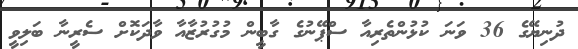
ދުނިޔޭގެ 36 ވަނަ ކުޅުންތެރިއާ ސްޕޭނުގެ ގާބީން މުގުރުޒާއާ ވާދަކޮށް ސެރީނާ ބަލިވީ